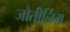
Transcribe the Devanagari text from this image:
जोतीर्लिग